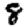
Digit: 8